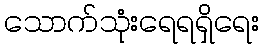
သောက်သုံးရေရရှိရေး